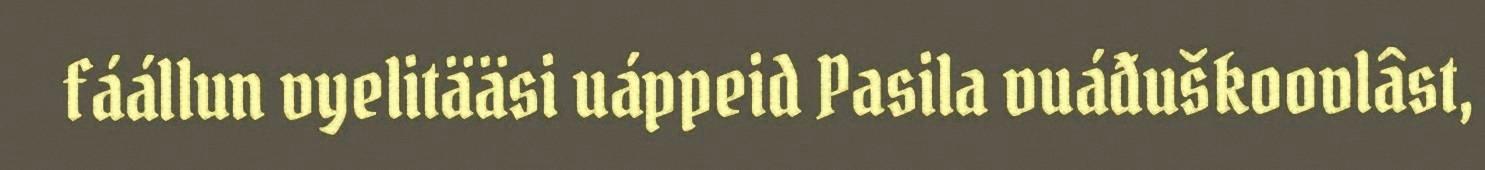
fáállun vyelitääsi uáppeid Pasila vuáđuškoovlâst,